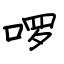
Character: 啰